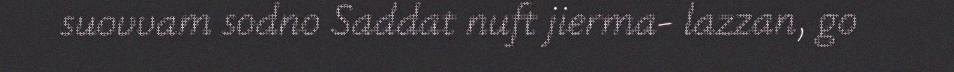
suovvam sodno Saddat nuft jierma- lazzan, go